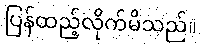
ပြန်ထည့်လိုက်မိသည်။